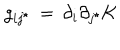
g _ { i j ^ { \star } } \, = \, \partial _ { i } \partial _ { j ^ { \star } } { \cal K }